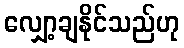
လျှော့ချနိုင်သည်ဟု